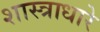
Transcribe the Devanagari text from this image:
शास्त्राधारे